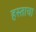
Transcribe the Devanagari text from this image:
हस्ताचा